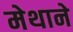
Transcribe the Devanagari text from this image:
मेथाने